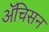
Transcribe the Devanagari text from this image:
ॲचिसन